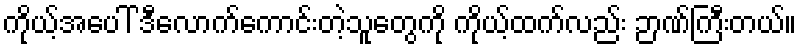
ကိုယ့်အပေါ် ဒီလောက်ကောင်းတဲ့သူတွေကို ကိုယ့်ထက်လည်း ဉာဏ်ကြီးတယ်။